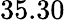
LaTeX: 35.30